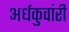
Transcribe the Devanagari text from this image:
अर्धकुवांरी